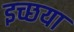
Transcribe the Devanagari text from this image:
इच्छया